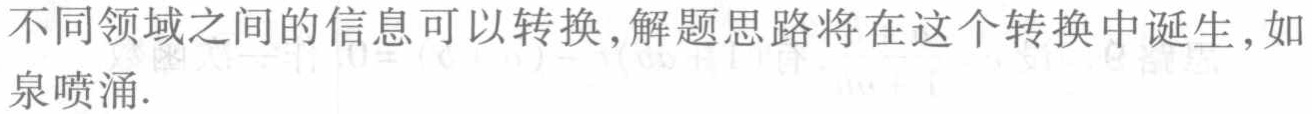
不同领域之间的信息可以转换,解题思路将在这个转换中诞生,如泉喷涌.